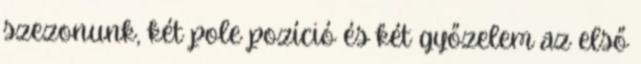
szezonunk, két pole pozíció és két győzelem az első